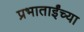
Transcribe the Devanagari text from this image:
प्रभाताईंच्या